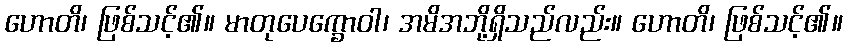
ဟောတိ၊ ဖြစ်သင့်၏။ မာတုပေက္ခောဝါ၊ အမိအဘို့ရှိသည်လည်း။ ဟောတိ၊ ဖြစ်သင့်၏။